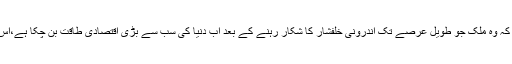
کسی پاکستانی حکومت نے کبھی یہ نہیں سوچا کہ وہ ملک جو طویل عرصے تک اندرونی خلفشار کا شکار رہنے کے بعد اب دُنیا کی سب سے بڑی اقتصادی طاقت بن چکا ہے،اس کی مہارت اور تجربے سے فائدہ اُٹھایا جائے۔